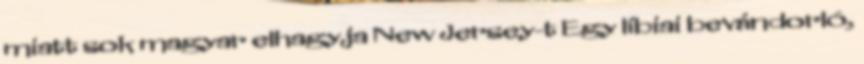
miatt sok magyar elhagyja New Jersey-t Egy líbiai bevándorló,